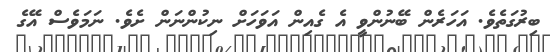
ބިރުގަތެވެ. އަހަރެން ބޭނުންވީ އެ ގެއިން އަވަހަށް ނިކުންނަން ށެވެ. ނަމަވެސް އޭގެ